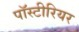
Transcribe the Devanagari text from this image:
पॉस्टीरियर